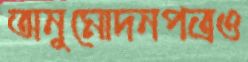
অনুমোদনপত্রও